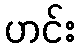
ဟင်း